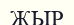
ЖЫР